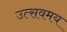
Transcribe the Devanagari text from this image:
उत्सवमय